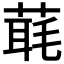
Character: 𦶇